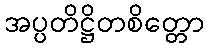
အပ္ပတိဋ္ဌိတစိတ္တော